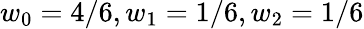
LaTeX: w_{0}=4/6,w_{1}=1/6,w_{2}=1/6